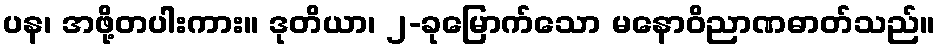
ပန၊ အဖို့တပါးကား။ ဒုတိယာ၊ ၂-ခုမြောက်သော မနောဝိညာဏဓာတ်သည်။